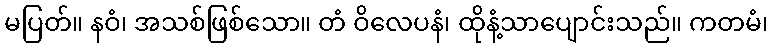
မပြတ်။ နဝံ၊ အသစ်ဖြစ်သော။ တံ ဝိလေပနံ၊ ထိုနံ့သာပျောင်းသည်။ ကတမံ၊